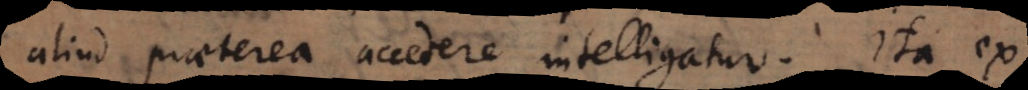
aliud praeterea accedere intelligatur. Ita ex